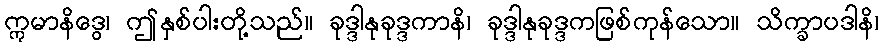
ဣမာနိဒွေ၊ ဤနှစ်ပါးတို့သည်။ ခုဒ္ဒါနုခုဒ္ဒကာနိ၊ ခုဒ္ဒါနုခုဒ္ဒကဖြစ်ကုန်သော။ သိက္ခာပဒါနိ၊